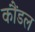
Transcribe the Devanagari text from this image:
कौंडल